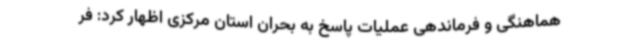
هماهنگی و فرماندهی عملیات پاسخ به بحران استان مرکزی اظهار کرد: فر